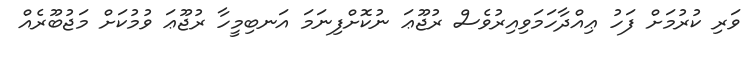
ވަރި ކުރުމަށް ފަހު ޢިއްދާހަމަވިއިރުވެސް ރުޖޫޢަ ނުކޮށްފިނަމަ އަނބިމީހާ ރުޖޫޢަ ވުމުކަށް މަޖުބޫރެއް